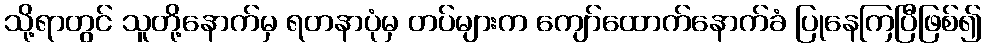
သို့ရာတွင် သူတို့နောက်မှ ရတနာပုံမှ တပ်များက ကျော်ထောက်နောက်ခံ ပြုနေကြပြီဖြစ်၍